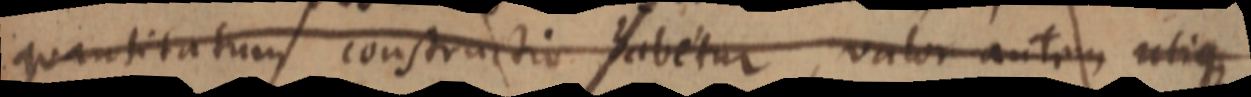
quantitatum constructio habetur, valor autem utique